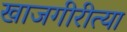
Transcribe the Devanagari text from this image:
खाजगीरीत्या